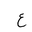
Letter: _ayn